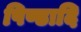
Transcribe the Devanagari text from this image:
पिण्डादि